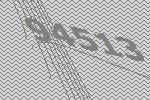
94513